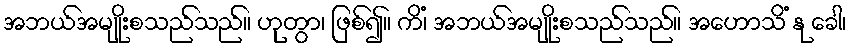
အဘယ်အမျိုးစသည်သည်။ ဟုတွာ၊ ဖြစ်၍။ ကိံ၊ အဘယ်အမျိုးစသည်သည်။ အဟောသိံ နု ခေါ၊